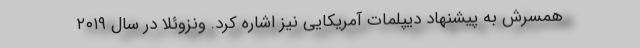
همسرش به پیشنهاد دیپلمات آمریکایی نیز اشاره کرد. ونزوئلا در سال ۲۰۱۹